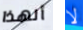
ألهذا لا